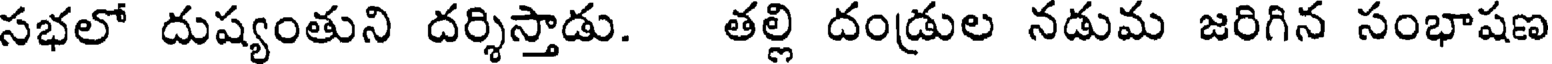
సభలో దుష్యంతుని దర్శిస్తాడు. తల్లి దండ్రుల నడుమ జరిగిన సంభాషణ